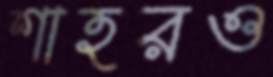
শাহরও